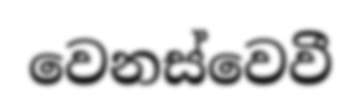
වෙනස්වෙවී